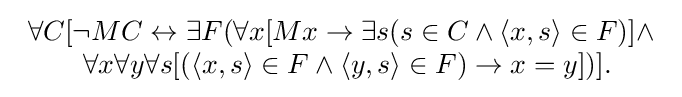
{\begin{array}{l}\forall C[\lnot MC\leftrightarrow \exists F(\forall x[Mx\rightarrow \exists s(s\in C\land \langle x,s\rangle \in F)]\land \\\qquad \forall x\forall y\forall s[(\langle x,s\rangle \in F\land \langle y,s\rangle \in F)\rightarrow x=y])].\end{array}}